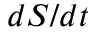
d S / d t